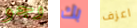
وجو بك اعزف